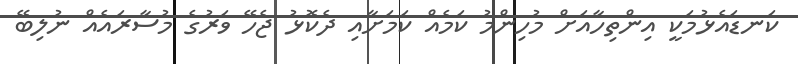
ކަނޑައެޅުމަކީ އިންތިހާއަށް މުހިންމު ކަމެއް ކަމަށާއި ދެކޮޅު ޖެހޭ ވަރުގެ މުސާރައެއް ނުލިބޭ